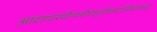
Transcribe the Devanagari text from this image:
आदायास्थीन्यथोमातुर्गंगामार्गस्थितोभवत्